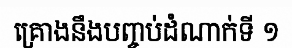
គ្រោងនឹងបញ្ចប់ដំណាក់ទី ១